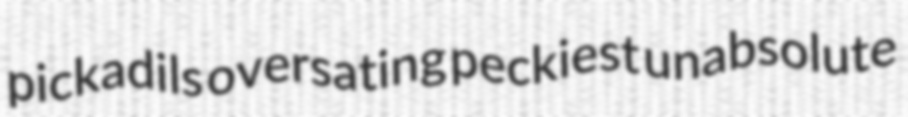
pickadils oversating peckiest unabsolute